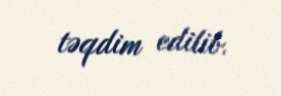
təqdim edilib.